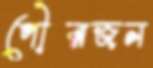
পৌরজন